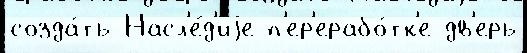
созда́ть Насл'е́д'иjе п'ер'ерабо́тк'е дв'ерь